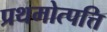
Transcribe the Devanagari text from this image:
प्रथमोत्पत्ति